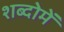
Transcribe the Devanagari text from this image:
शब्दोमें